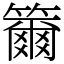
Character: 籋